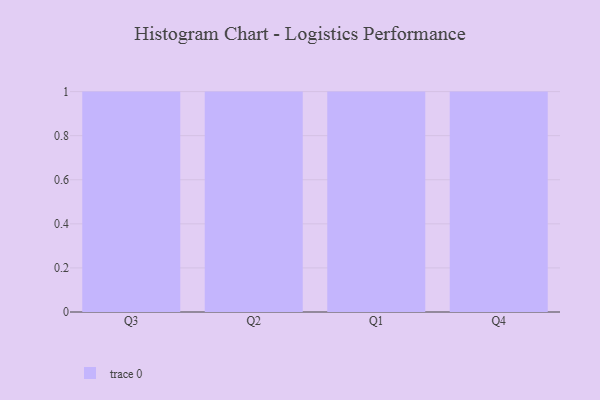
{"axis": {"x": "Quarter", "y": "LTV (USD)"}, "legend": [""], "data": [{"x": "Q3", "y": 73, "type": ""}, {"x": "Q2", "y": 19, "type": ""}, {"x": "Q1", "y": 99, "type": ""}, {"x": "Q4", "y": 19, "type": ""}]}